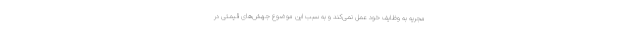
مجریه به وظایف خود عمل نمی‌کند و به سبب این موضوع جهش‌های قیمتی در